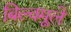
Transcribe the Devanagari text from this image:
बिल्वमूले